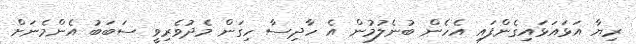
ރިޔާ އަޅައަޅައިގެންފައި އެހެން ބުނެލުމުން އެ ހާދިސާ ހިގަން މެދުވެރިވީ ސަބަބު އެންމެނަށް